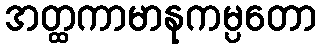
အတ္ထကာမာနုကမ္ပတော